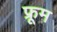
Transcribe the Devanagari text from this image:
फ्रूम